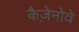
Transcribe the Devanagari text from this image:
कैज़ेनोवे